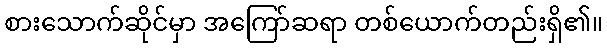
စားသောက်ဆိုင်မှာ အကြော်ဆရာ တစ်ယောက်တည်းရှိ၏။